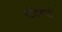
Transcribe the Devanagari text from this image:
स्‍टैंडबाई